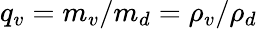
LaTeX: q_{v}=m_{v}/m_{d}=\rho_{v}/\rho_{d}